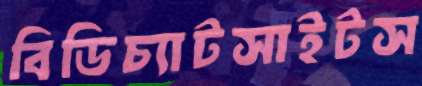
বিডিচ্যাটসাইটস